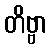
တိဗ္ဗာ